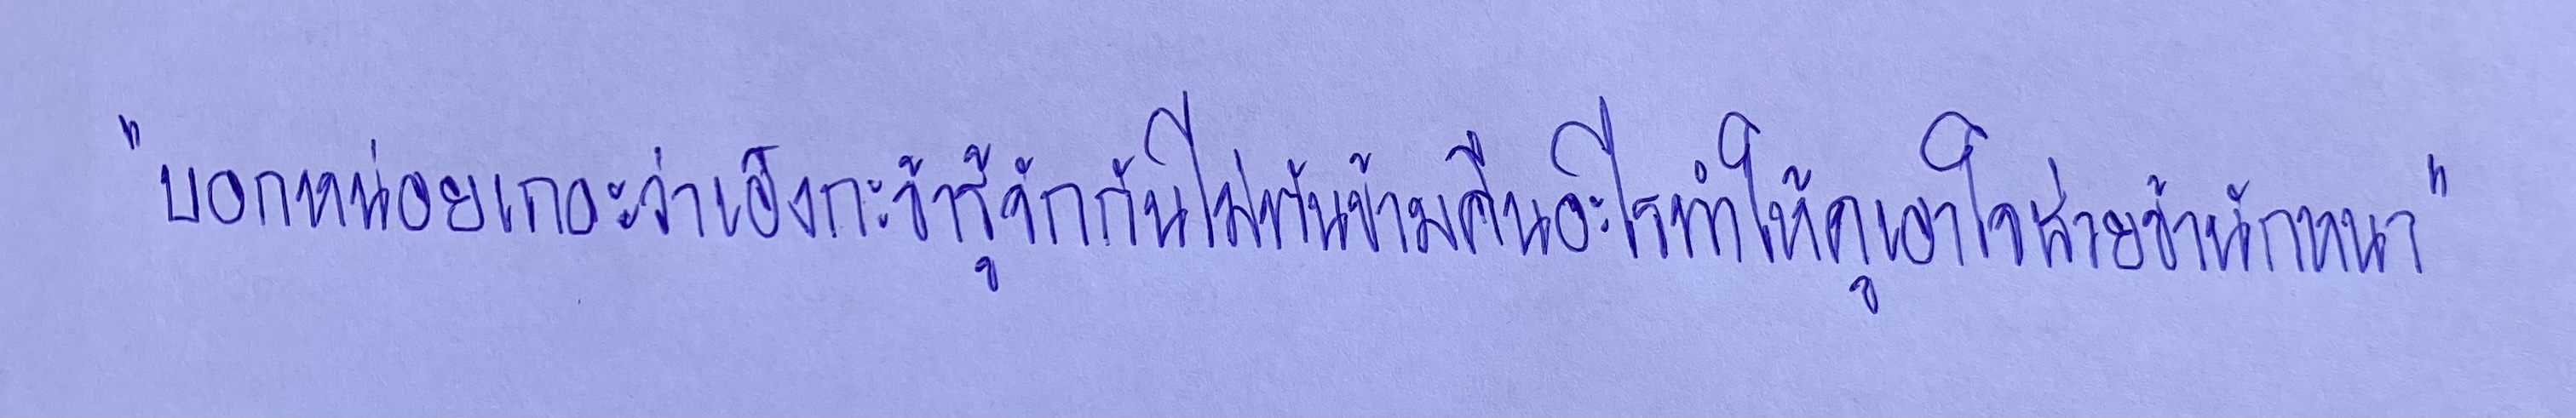
"บอกหน่อยเถอะว่าเอ็งกะข้ารู้จักกันไม่ทันข้ามคืนอะไรทำให้ดูเอาใจช่วยข้านักหนา"